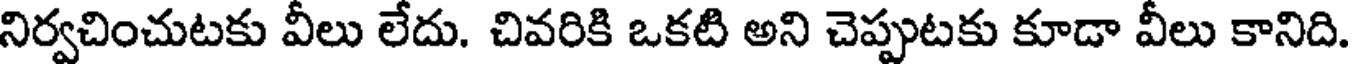
నిర్వచించుటకు వీలు లేదు. చివరికి ఒకటి అని చెప్పుటకు కూడా వీలు కానిది